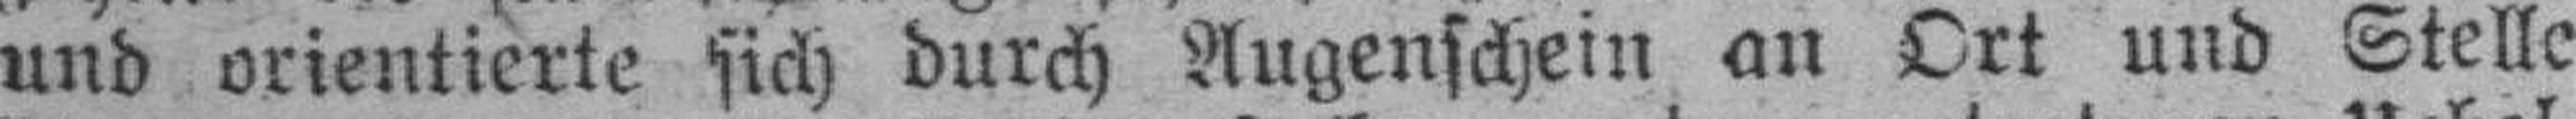
und orientierte sich durch Augenschein an Ort und Stelle